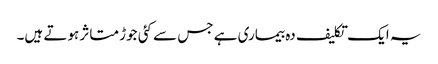
یہ ایک تکلیف دہ بیماری ہے جس سے کئی جوڑ متاثر ہوتے ہیں۔